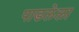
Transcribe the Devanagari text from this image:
पाडलेला